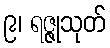
၉၊ ရဇ္ဇုသုတ်